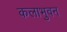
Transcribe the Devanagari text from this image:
कलाभुवन